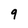
Character: 9